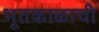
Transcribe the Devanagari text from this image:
भूतकाळाची